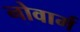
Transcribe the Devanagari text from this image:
नोवार्म